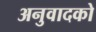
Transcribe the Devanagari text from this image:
अनुवादको